Annual report on the Civil Veterinary Department, Burma (including the Insein Veterinary School) - 1910-1922
Year: 1910
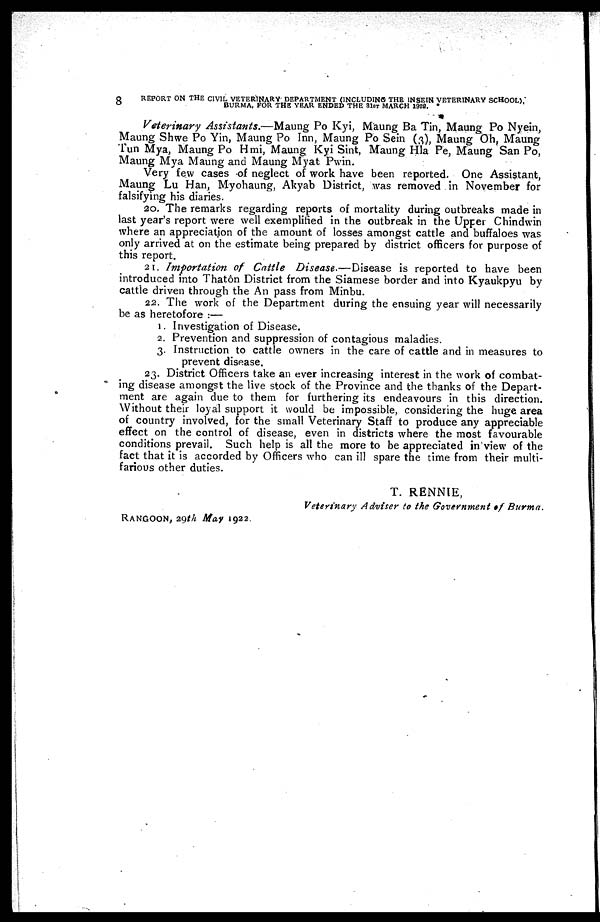
8
REPORT ON THE CIVIL VETERINARY DEPARTMENT (INCLUDING THE 1NSEIN VETERINARY SCHOOL),
BURMA, FOR THE YEAR ENDED THE 31ST MARCH 1928.
Veterinary Assistants.—Maung
Po Kyi, Maung Ba Tin, Maung Po Nyein,
Maung Shwe Po Yin, Maung Po Inn, Maung Po Sein (3), Maung Oh, Maung
Tun Mya, Maung Po Hmi, Maung Kyi Sint, Maung Hla Pe, Maung San Po,
Maung Mya Maung and Maung Myat Pwin.
Very few cases of neglect of work have been reported. One Assistant,
Maung Lu Han, Myohaung, Akyab District, was removed in November for
falsifying his diaries.
20. The remarks regarding reports of mortality during outbreaks made in
last year's report were well exemplified in the outbreak in the Upper Chindwin
where an appreciation of the amount of losses amongst cattle and buffaloes was
only arrived at on the estimate being prepared by district officers for purpose of
this report.
21. Importation of Cattle Disease.—Disease
is reported to have been
introduced into Thatôn District from the Siamese border and into Kyaukpyu by
cattle driven through the An pass from Minbu.
22. The work of the Department during the ensuing year will necessarily
be as heretofore :—
1. Investigation of Disease.
2. Prevention and suppression of contagious maladies.
3. Instruction to cattle owners in the care of cattle and in measures to
prevent disease.
23. District Officers take an ever increasing interest in the work of combat-
ing disease amongst the live stock of the Province and the thanks of the Depart-
ment are again due to them for furthering its endeavours in this direction.
Without their loyal support it would be impossible, considering the huge area
of country involved, for the small Veterinary Staff to produce any appreciable
effect on the control of disease, even in districts where the most favourable
conditions prevail. Such help is all the more to be appreciated in view of the
fact that it is accorded by Officers who can ill spare the time from their multi-
farious other duties.
T. RENNIE,
Veterinary Adviser to the Government of Burma.
RANGOON, 29th May 1922.